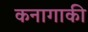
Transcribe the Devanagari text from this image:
कनागाकी